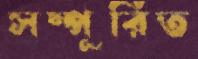
সম্পূরিত